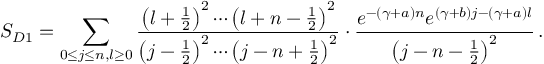
S _ { D 1 } = \sum _ { 0 \le j \le n , l \ge 0 } \frac { \left( l + \frac { 1 } { 2 } \right) ^ { 2 } \cdots \left( l + n - \frac { 1 } { 2 } \right) ^ { 2 } } { \left( j - \frac { 1 } { 2 } \right) ^ { 2 } \cdots \left( j - n + \frac { 1 } { 2 } \right) ^ { 2 } } \cdot \frac { e ^ { - ( \gamma + a ) n } e ^ { ( \gamma + b ) j - ( \gamma + a ) l } } { \left( j - n - \frac { 1 } { 2 } \right) ^ { 2 } } \, .